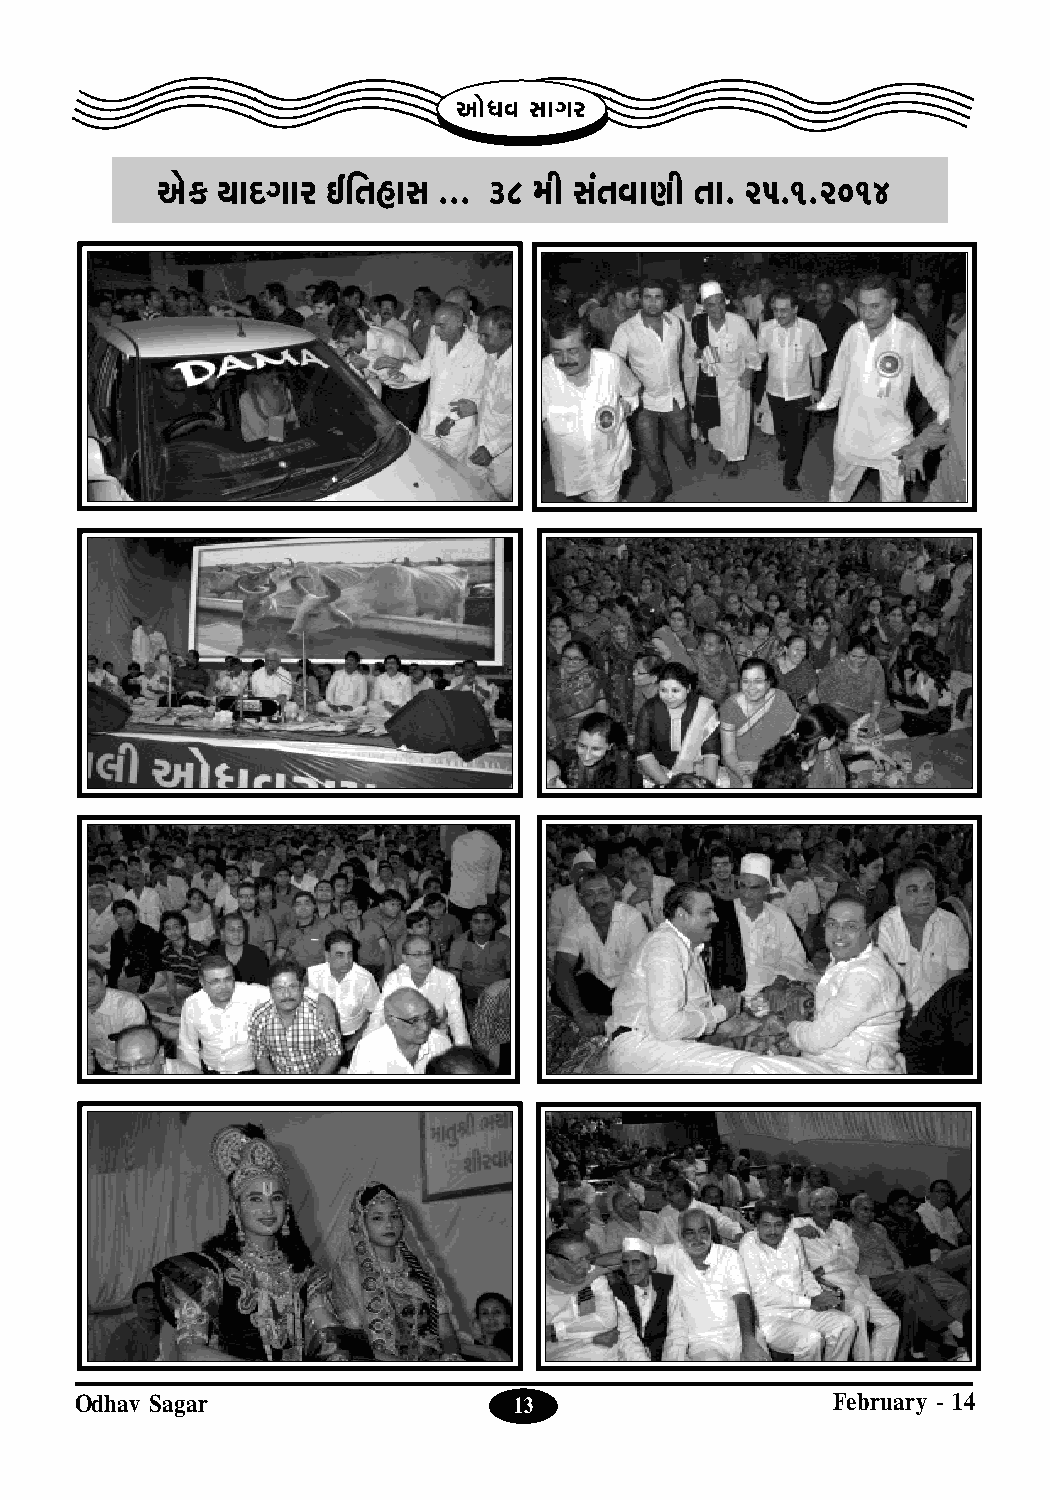
Ap°^h kpNf
 A°L$ ep]$Npf Cr[lpk ... 38 du k¨[hpZu [p. 25.1.2014
 Odhav Sagar                  13                   February - 14